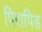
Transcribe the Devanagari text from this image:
पिरापिड